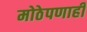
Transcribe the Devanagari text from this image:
मोठेपणाही